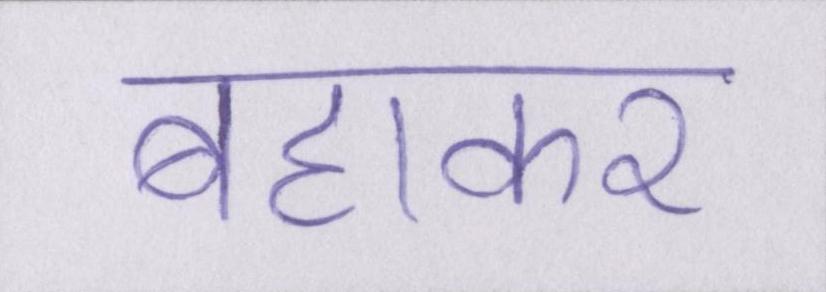
बहाकर